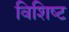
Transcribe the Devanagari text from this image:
विशिष्‍ट